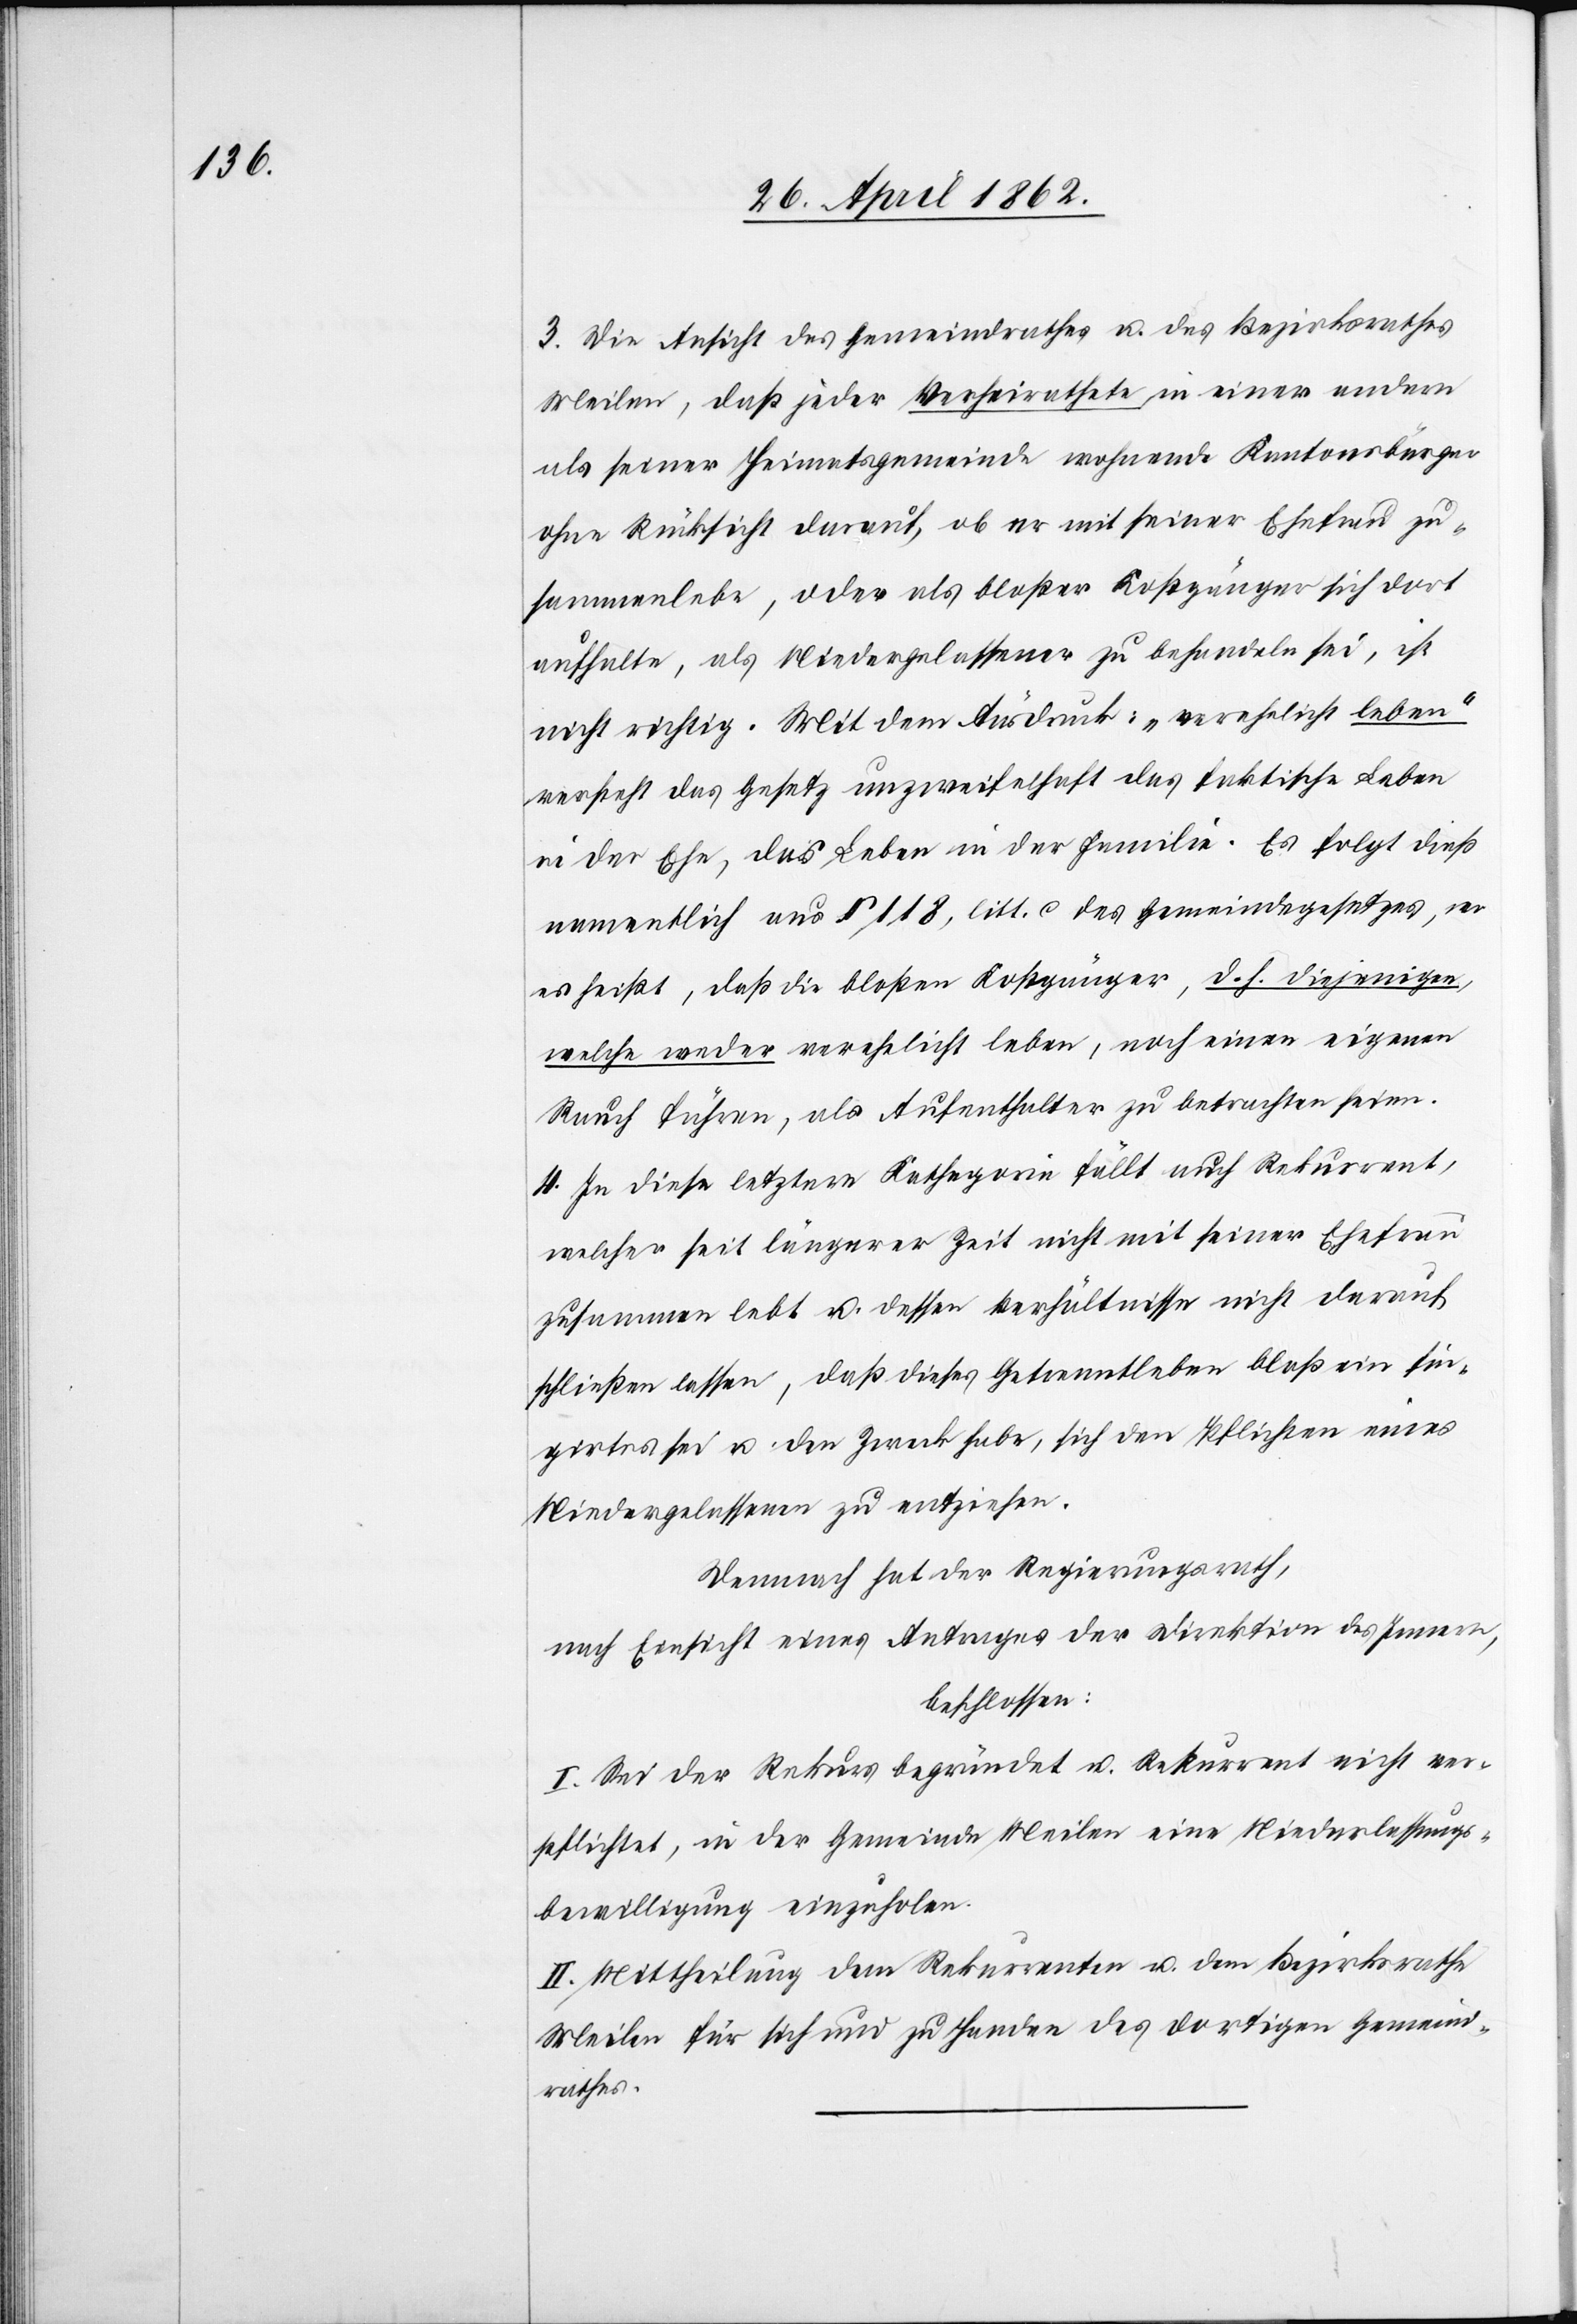
3. Die Ansicht des Gemeindrathes u. des Bezirksrathes
Meilen, daß jeder Verheirathete, in einer andern
als seiner Heimatsgemeinde wohnende Kantonsbürger
ohne Rücksicht darauf, ob er mit seiner Ehefrau zu¬
sammenlebe, oder als bloßer Kostgänger sich dort
aufhalte, als Niedergelassener zu behandeln sei, ist
nicht richtig. Mit dem Ausdruckt: „verehelicht leben“
verstehet das Gesetz unzweifelhaft das faktische Leben
in der Ehe, das Leben in der Familien. Es folgt dieß
namentlich aus § 118, litt. c des Gemeindegesetzes, wo
es heißt, daß die bloßen Kostgänger, d. h. diejenigen,
welche weder verehelicht leben, noch einen eigenen
Rauch führen, als Aufenthalter zu betrachten seien.
4. In diese letztere Kathegorie fällt auch Rekurrent,
welcher seit längerer Zeit nicht mit seiner Ehefrau
zusammen lebt u. dessen Verhältnisse nicht darauf
schließen lassem, daß dieses Getrenntleben bloß ein fin¬
girtes sei u. den Zweck habe, sich den Pflichten eines
Niedergelassenen zu entziehen.
Demnach hat der Regierungsrath,
nach Einsicht eines Antrages der Direktion des Innern,
beschlossen:
I. Sei der Rekurs begründet u. Rekurrent nicht ver¬
pflichtet, in der Gemeinde Meilen eine Niederlassungs¬
bewilligung einzuholen.
II. Mittheilung dem Rekurrenten u. dem Bezirksrathe
Meilen für sich und zu Handen des dortigen Gemeind¬
rathes.